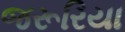
જરૂરિયા